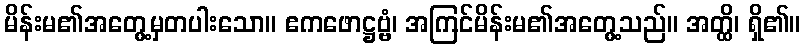
မိန်းမ၏အတွေ့မှတပါးသော။ ဧကဖောဋ္ဌဗ္ဗံ၊ အကြင်မိန်းမ၏အတွေ့သည်။ အတ္ထိ၊ ရှိ၏။